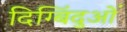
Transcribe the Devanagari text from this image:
दिग्बिंदुओं